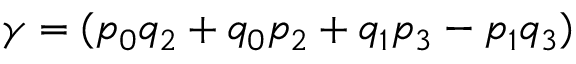
\gamma = ( p _ { 0 } q _ { 2 } + q _ { 0 } p _ { 2 } + q _ { 1 } p _ { 3 } - p _ { 1 } q _ { 3 } )